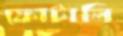
ফোটালি